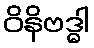
ဝိနိဗဒ္ဓါ